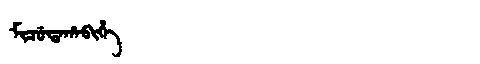
Manchu: ᠮᡳᠴᡠᡩᠠᡥᠠᠪᡳᡥᡝ
Romanization: MICUDAHABIHE